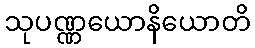
သုပဏ္ဏယောနိယောတိ